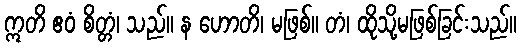
ဣတိ ဧဝံ စိတ္တံ၊ သည်။ န ဟောတိ၊ မဖြစ်။ တံ၊ ထိုသို့မဖြစ်ခြင်းသည်။